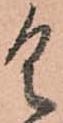
具